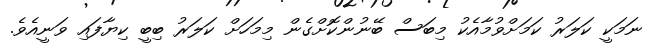
ނަމަކީ ކަލަރު ކަމަށްވުމާއެކު މިބަސް ބޭނުންކޮށްގެން މިމަހަށް ކަލަރު ބިބީ ކިޔާފައި ވަނީއެވެ.